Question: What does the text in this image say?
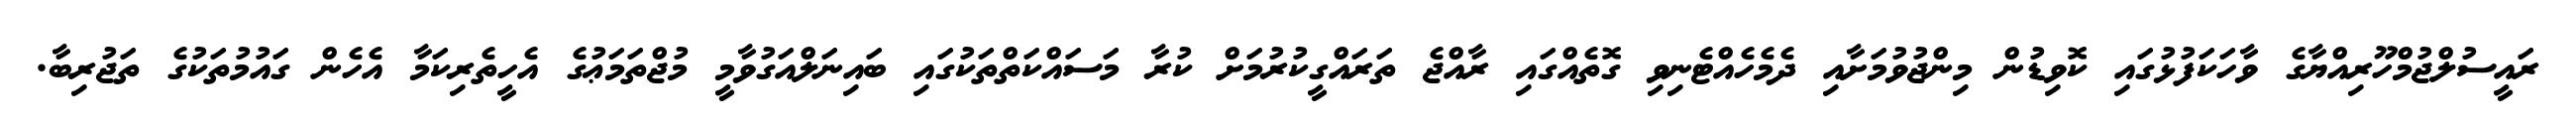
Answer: ރައީސުލްޖުމްހޫރިއްޔާގެ ވާހަކަފުޅުގައި ކޮވިޑުން މިންޖުވުމަށާއި ދެމެހެއްޓެނިވި ގޮތެއްގައި ރާއްޖެ ތަރައްގީކުރުމަށް ކުރާ މަސައްކަތްތަކުގައި ބައިނަލްއަގުވާމީ މުޖްތަމަޢުގެ އެހީތެރިކަމާ އެހެން ގައުމުތަކުގެ ތަޖުރިބާ.